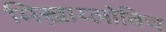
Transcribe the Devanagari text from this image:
मिख़ाय्लोविच